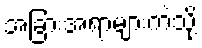
အခြားအရာများကဲ့သို့